Elephants and their diseases
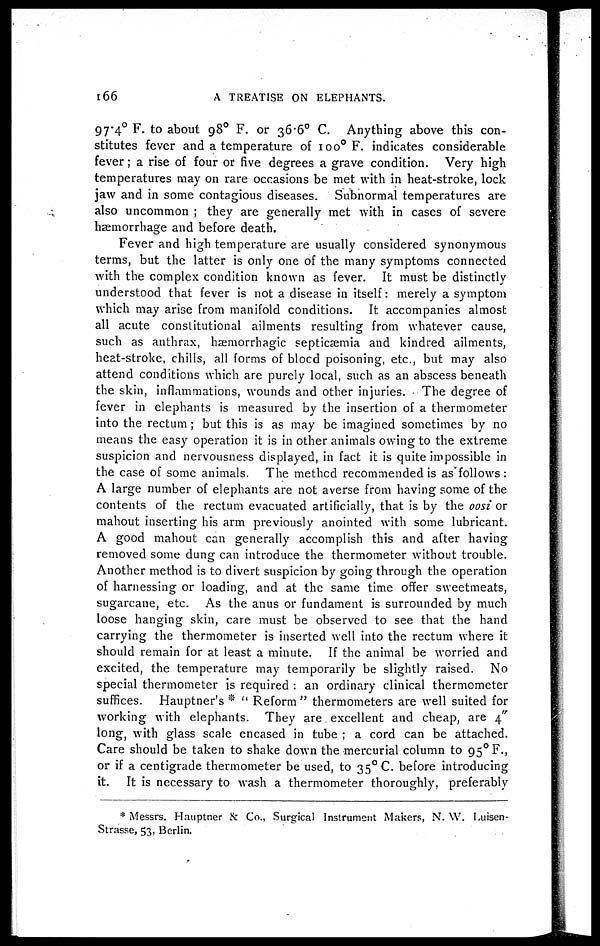
166
A TREATISE ON ELEPHANTS.
97.4° F. to about 98° F. or 36-6° C. Anything above this con-
stitutes fever and a temperature of 100° F. indicates considerable
fever; a rise of four or five degrees a grave condition. Very high
temperatures may on rare occasions be met with in heat-stroke, lock
jaw and in some contagious diseases. Subnormal temperatures are
also uncommon ; they are generally met with in cases of severe
haemorrhage and before death.
Fever and high temperature are usually considered synonymous
terms, but the latter is only one of the many symptoms connected
with the complex condition known as fever. It must be distinctly
understood that fever is not a disease in itself: merely a symptom
which may arise from manifold conditions. It accompanies almost
all acute constitutional ailments resulting from whatever cause,
such as anthrax, hæmorrhagic septicaemia and kindred ailments,
heat-stroke, chills, all forms of blocd poisoning, etc., but may also
attend conditions which are purely local, such as an abscess beneath
the skin, inflammations, wounds and other injuries. The degree of
fever in elephants is measured by the insertion of a thermometer
into the rectum ; but this is as may be imagined sometimes by no
means the easy operation it is in other animals owing to the extreme
suspicion and nervousness displayed, in fact it is quite impossible in
the case of some animals. The method recommended is as follows:
A large number of elephants are not averse from having some of the
contents of the rectum evacuated artificially, that is by the oosi or
mahout inserting his arm previously anointed with some lubricant.
A good mahout can generally accomplish this and after having
removed some dung can introduce the thermometer without trouble.
Another method is to divert suspicion by going through the operation
of harnessing or loading, and at the same time offer sweetmeats,
sugarcane, etc. As the anus or fundament is surrounded by much
loose hanging skin, care must be observed to see that the hand
carrying the thermometer is inserted well into the rectum where it
should remain for at least a minute. If the animal be worried and
excited, the temperature may temporarily be slightly raised. No
special thermometer is required : an ordinary clinical thermometer
suffices. Hauptner's * " Reform " thermometers are well suited for
working with elephants. They are excellent and cheap, are 4"
long, with glass scale encased in tube ; a cord can be attached.
Care should be taken to shake down the mercurial column to 95 0 F.,
or if a centigrade thermometer be used, to 35°C. before introducing
it. It is necessary to wash a thermometer thoroughly, preferably
* Messrs. Hauptner & Co., Surgical Instrument Makers, N. W. Luisent-
Strasse, 53, Berlin.